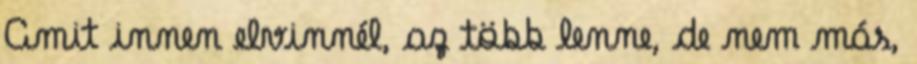
Amit innen elvinnél, az több lenne, de nem más,